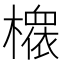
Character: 𱤪